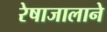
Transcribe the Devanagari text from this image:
रेषाजालाने